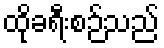
ထိုခရီးစဉ်သည်